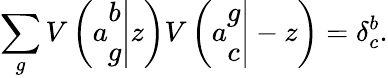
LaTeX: \sum_{g}V\left(\left.a\begin{array}{c}{{b}}\\ {{g}}\end{array}\right|z\right)V\left(\left.a\begin{array}{c}{{g}}\\ {{c}}\end{array}\right|-z\right)=\delta_{c}^{b}.